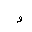
Letter: _waw